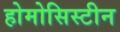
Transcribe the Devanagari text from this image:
होमोसिस्टीन